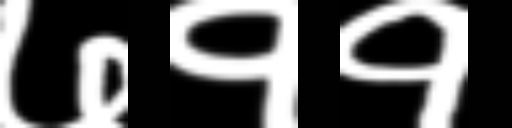
Text: ७११